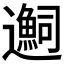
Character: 𬩬